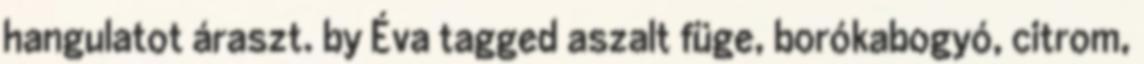
hangulatot áraszt. by Éva tagged aszalt füge, borókabogyó, citrom,